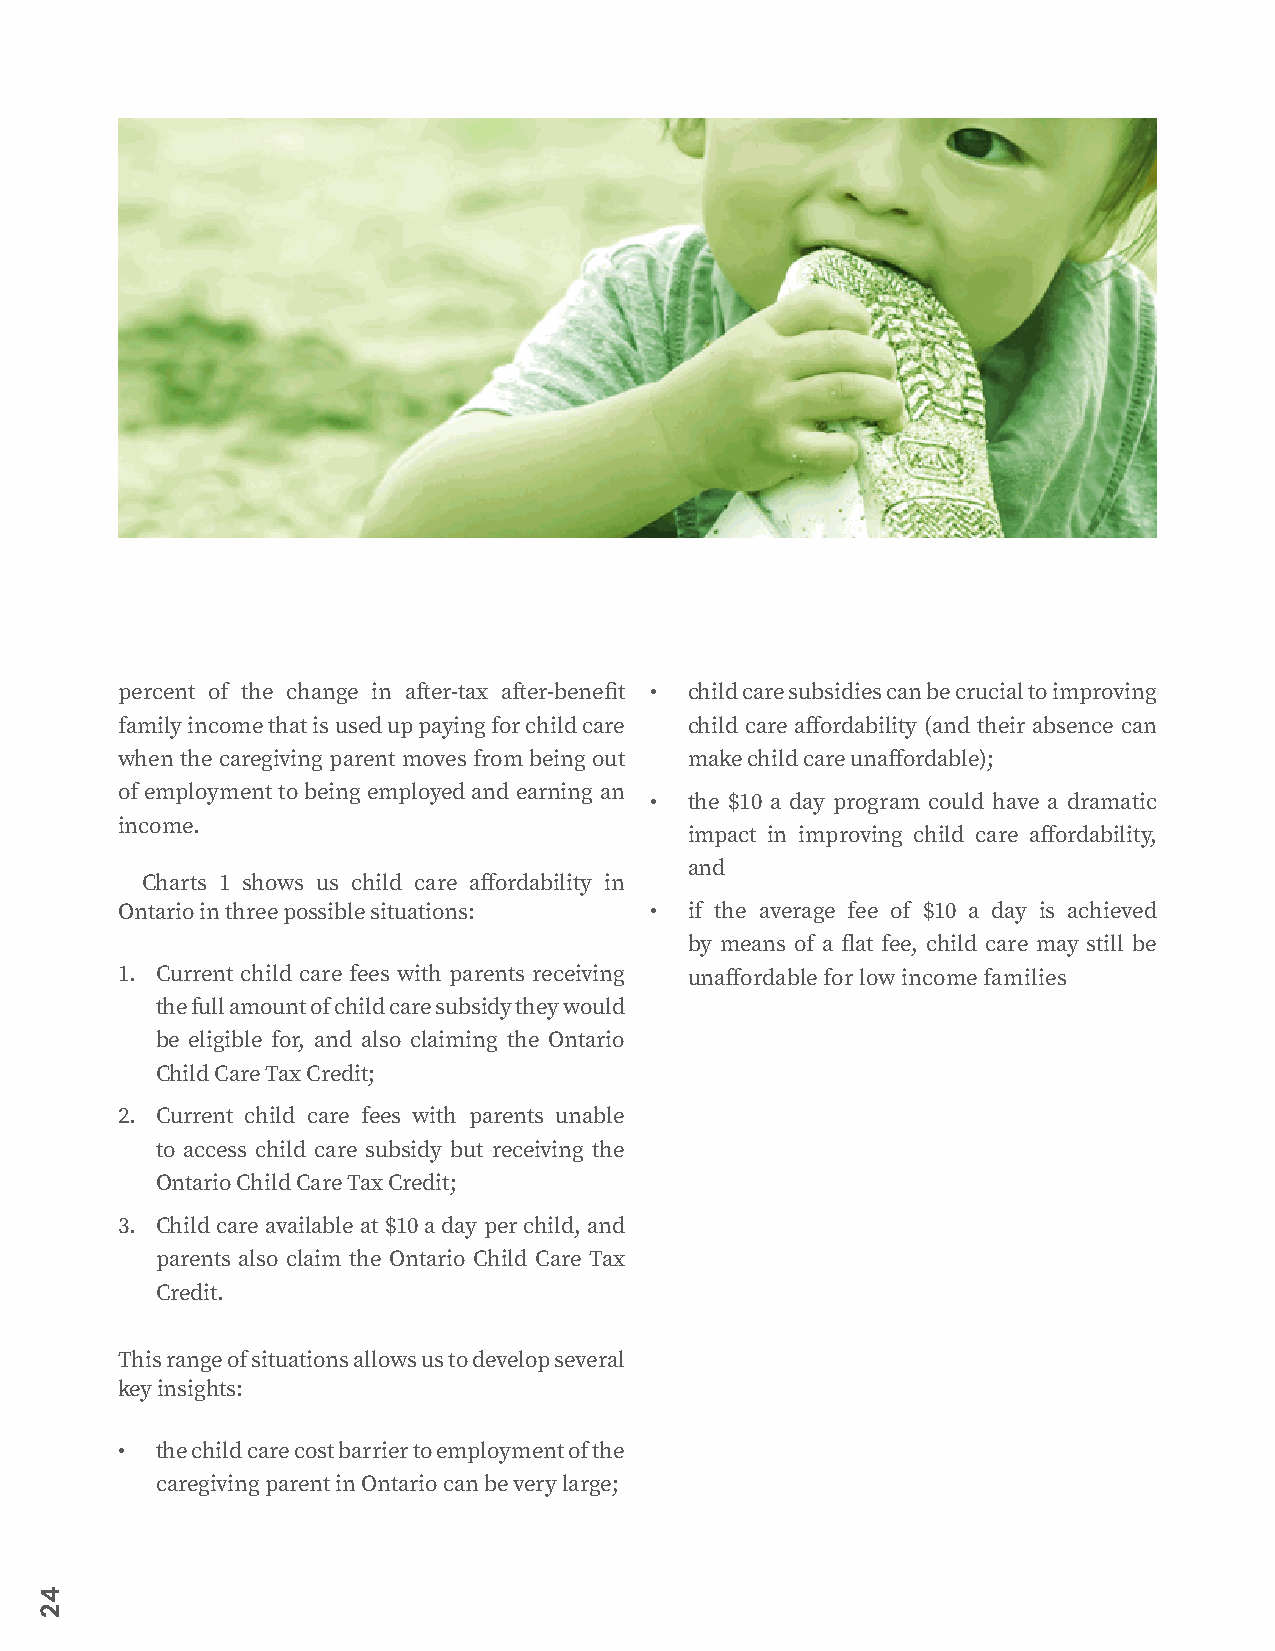
percent of the change in after-tax after-benefit • child care subsidies can be crucial to improving
 family income that is used up paying for child care child care affordability (and their absence can
 when the caregiving parent moves from being out make child care unaffordable);
 of employment to being employed and earning an
 •  the $10 a day program could have a dramatic
 income.
 impact in improving child care affordability,
 and
 Charts 1 shows us child care affordability in
 Ontario in three possible situations: • if the average fee of $10 a day is achieved
 by means of a flat fee, child care may still be
 1. Current child care fees with parents receiving unaffordable for low income families
 the full amount of child care subsidy they would
 be eligible for, and also claiming the Ontario
 Child Care Tax Credit;
 2. Current child care fees with parents unable
 to access child care subsidy but receiving the
 Ontario Child Care Tax Credit;
 3. Child care available at $10 a day per child, and
 parents also claim the Ontario Child Care Tax
 Credit.
 This range of situations allows us to develop several
 key insights:
 • the child care cost barrier to employment of the
 caregiving parent in Ontario can be very large;
 42